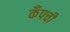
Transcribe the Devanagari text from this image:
कँपची